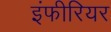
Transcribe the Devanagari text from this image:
इंफीरियर